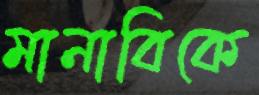
মানাবিকে